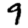
Digit: 9